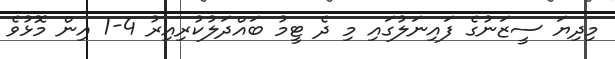
މިދިޔަ ސީޒަނުގެ ފައިނަލުގައި މި ދެ ޓީމު ބައްދަލުކުރިއިރު 4-1 އިން މޮޅުވެ